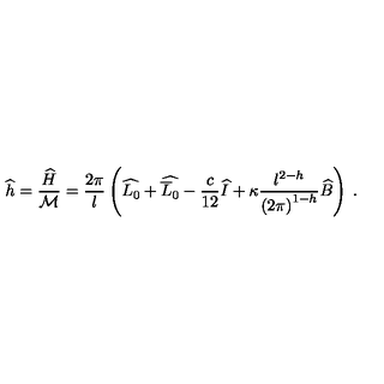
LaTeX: \widehat { h } = \displaystyle \frac { \widehat { H } } { { \cal M } } = \displaystyle \frac { 2 \pi } { l } \left( \widehat { L _ { 0 } } + \widehat { \overline { { L } } _ { 0 } } - \displaystyle \frac { c } { 1 2 } \widehat { I } + \kappa \displaystyle \frac { l ^ { 2 - h } } { \left( 2 \pi \right) ^ { 1 - h } } \widehat { B } \right) \: .